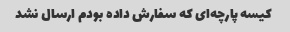
کیسه پارچه‌ای که سفارش داده بودم ارسال نشد